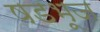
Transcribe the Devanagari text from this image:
षडभूज